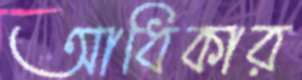
আধিকার